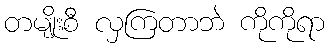
တမျိုးစီ လှကြတာဘဲ ကိုကိုရာ